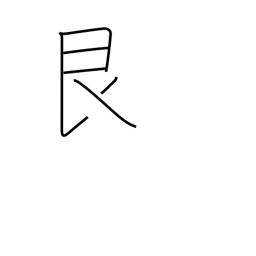
Meaning: stopping